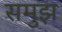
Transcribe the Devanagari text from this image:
समुझ